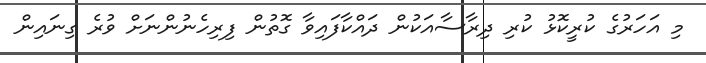
މި އަހަރުގެ ކުރީކޮޅު ކުރި ދިރާސާއަކުން ދައްކާފައިވާ ގޮތުން ފިރިހެނުންނަށް ވުރެ ގިނައިން